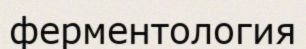
ферментология